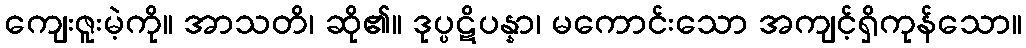
ကျေးဇူးမဲ့ကို။ အာသတိ၊ ဆို၏။ ဒုပ္ပဋိပန္နာ၊ မကောင်းသော အကျင့်ရှိကုန်သော။